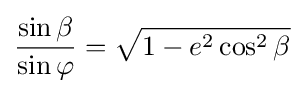
{\frac {\sin \beta }{\sin \varphi }}={\sqrt {1-e^{2}\cos ^{2}\beta }}